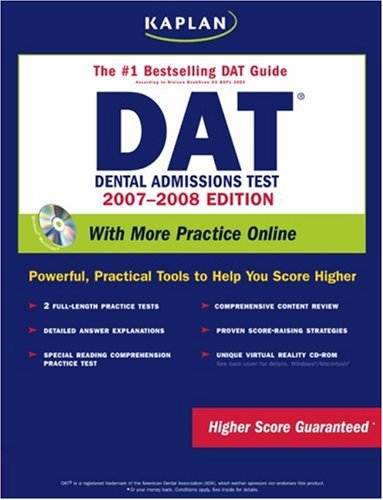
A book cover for Kaplan DAT with CD-ROM, 2007-2008 Edition; Kaplan; Test Preparation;